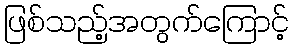
ဖြစ်သည့်အတွက်ကြောင့်